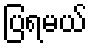
ပြရမယ်